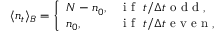
\langle n _ { t } \rangle _ { B } = \left\{ \begin{array} { l l } { N - n _ { 0 } , } & { \mathrm { ~ i ~ f ~ } \ t / \Delta t \mathrm { ~ o ~ d ~ d ~ } , } \\ { n _ { 0 } , } & { \mathrm { ~ i ~ f ~ } \ t / \Delta t \mathrm { ~ e ~ v ~ e ~ n ~ } , } \end{array} \right.